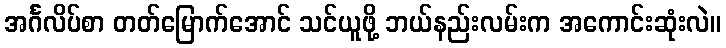
အင်္ဂလိပ်စာ တတ်မြောက်အောင် သင်ယူဖို့ ဘယ်နည်းလမ်းက အကောင်းဆုံးလဲ။